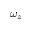
\omega _ { z }